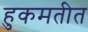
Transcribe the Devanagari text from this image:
हुकमतीत